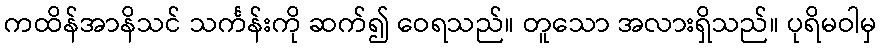
ကထိန်အာနိသင် သင်္ကန်းကို ဆက်၍ ဝေရသည်။ တူသော အလားရှိသည်။ ပုရိမဝါမှ